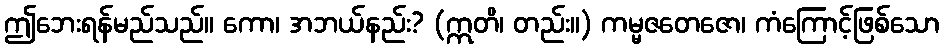
ဤဘေးရန်မည်သည်။ ကော၊ အဘယ်နည်း? (ဣတိ၊ တည်း။) ကမ္မဇတေဇော၊ ကံကြောင့်ဖြစ်သော